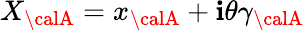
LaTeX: X_{\calA}=x_{\calA}+\mathbf{i}\theta\gamma_{\calA}